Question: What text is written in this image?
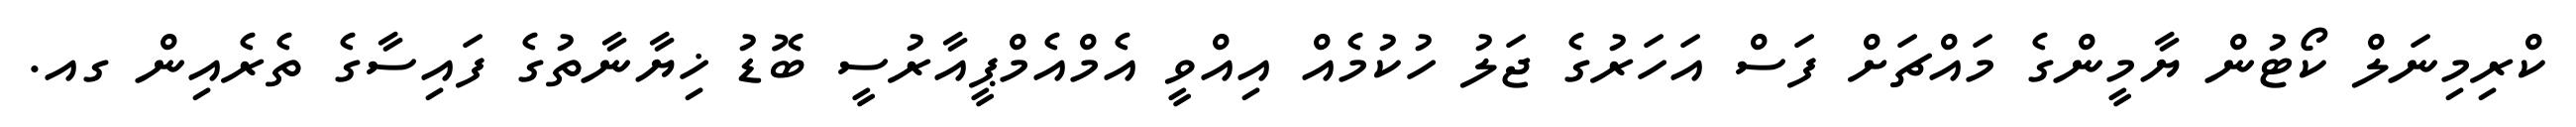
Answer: ކްރިމިނަލް ކޯޓުން ޔާމީންގެ މައްޗަށް ފަސް އަހަރުގެ ޖަލު ހުކުމެއް އިއްވީ އެމްއެމްޕީއާރުސީ ބޮޑު ޚިޔާނާތުގެ ފައިސާގެ ތެރެއިން ގއ.